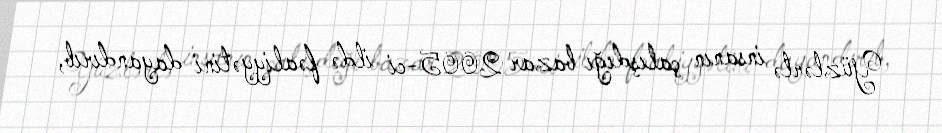
Yüzlərlə insanın çalışdığı bazar 2005-ci ildə fəaliyyətini dayandırıb,